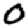
Digit: 0